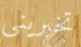
تخبريني